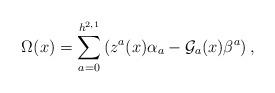
LaTeX: \begin{align*}\Omega(x)=\sum^{h^{2,1}}_{a=0}\left(z^a(x)\alpha_a-{\cal G}_a(x) \beta^a\right),\end{align*}